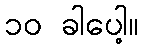
၁၀ ခါပေါ့။